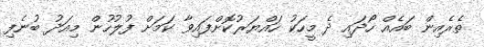
ތެރެއިން ބައެއް ހޯދައި ދެ މީހަކު ހައްޔަރުކޮށްފައިވާ ކަމަށް ފުލުހުން މިއަދު ބުނެފި